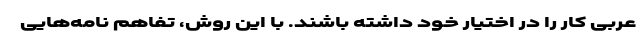
عربی کار را در اختیار خود داشته باشند. با این روش، تفاهم نامه‌هایی